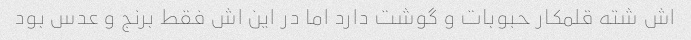
اش شته قلمکار حبوبات و گوشت دارد اما در این اش فقط برنج و عدس بود